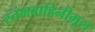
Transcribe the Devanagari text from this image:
स्तंभवाहिनीमूल